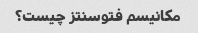
مکانیسم فتوسنتز چیست؟